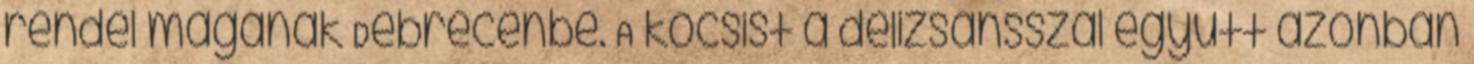
rendel magának Debrecenbe. A kocsist a delizsánsszal együtt azonban